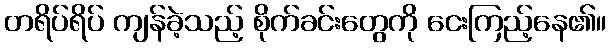
တရိပ်ရိပ် ကျန်ခဲ့သည့် စိုက်ခင်းတွေကို ငေးကြည့်နေ၏။